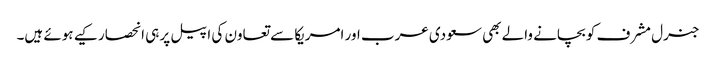
جنرل مشرف کو بچانے والے بھی سعودی عرب اور امریکا سے تعاون کی اپیل پر ہی انحصار کیے ہوئے ہیں۔